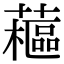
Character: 藲